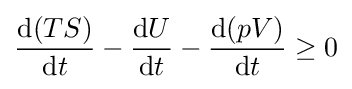
{\frac {\mathrm {d} (TS)}{\mathrm {d} t}}-{\frac {\mathrm {d} U}{\mathrm {d} t}}-{\frac {\mathrm {d} (pV)}{\mathrm {d} t}}\geq 0